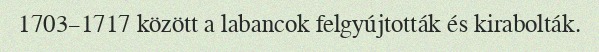
1703–1717 között a labancok felgyújtották és kirabolták.